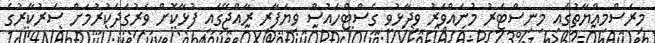
މިރަސްމިއްޔާތުގައި މިނިސްޓަރު މުނައްވަރު ވިދާޅުވީ ގެސްޓްހައުސް ވިޔަފާރި ރާއްޖޭގައި ފުޅާކޮށް ވަރުގަދަކުރުމަށް ސަރުކާރުގެ